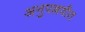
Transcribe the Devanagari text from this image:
अनुपल्लवीत